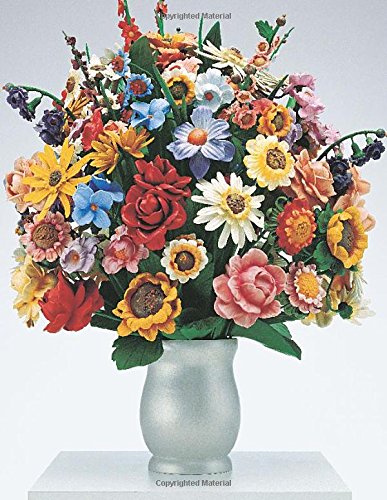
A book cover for Jeff Koons: A Retrospective (Whitney Museum of American Art); Scott Rothkopf; Arts & Photography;